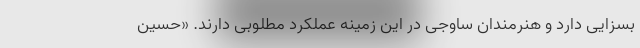
بسزایی دارد و هنرمندان ساوجی در این زمینه عملکرد مطلوبی دارند. «حسین